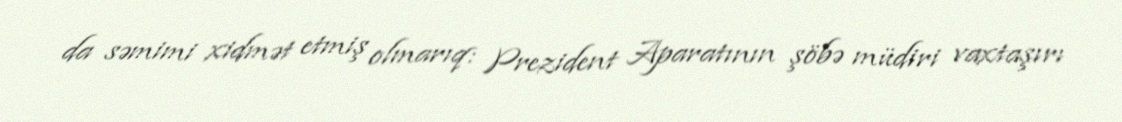
da səmimi xidmət etmiş olmarıq: Prezident Aparatının şöbə müdiri vaxtaşırı